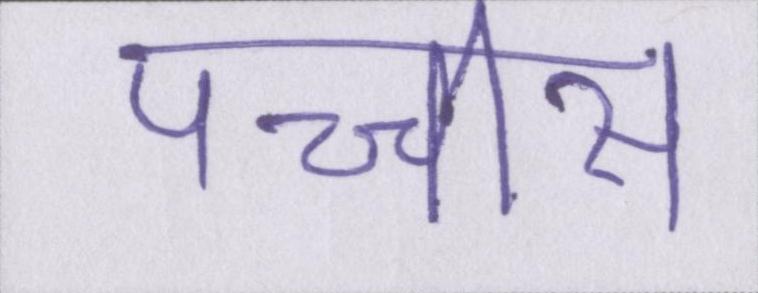
पच्चीस